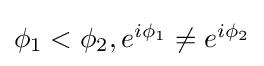
{\textstyle \phi _{1}<\phi _{2},e^{i\phi _{1}}\neq e^{i\phi _{2}}}